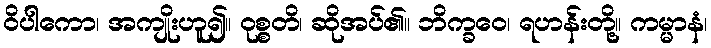
ဝိပါကော၊ အကျိုးဟူ၍။ ဝုစ္စတိ၊ ဆိုအပ်၏။ ဘိက္ခဝေ၊ ရဟန်းတို့။ ကမ္မာနံ၊